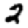
Digit: 2